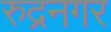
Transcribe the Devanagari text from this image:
रुद्रनगर